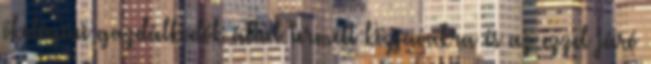
ökológiai gazdálkodók által termelt közjavakra és az ezzel járó